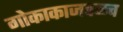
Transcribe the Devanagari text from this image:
गोकाकाजवळच